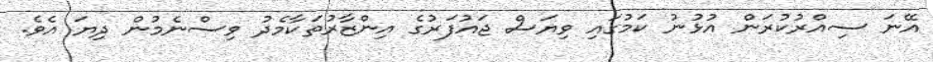
އޭނަ ސިއްރުކުރަން އުޅުނު ކަމުގައި ވިޔަސް ޖައުފަރުގެ އިންޒާރުތަކާމެދު ވިސްނެމުން ދިޔަ އެވެ.